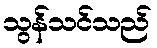
သွန်သင်သည်